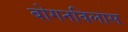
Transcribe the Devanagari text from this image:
बोगनविलास